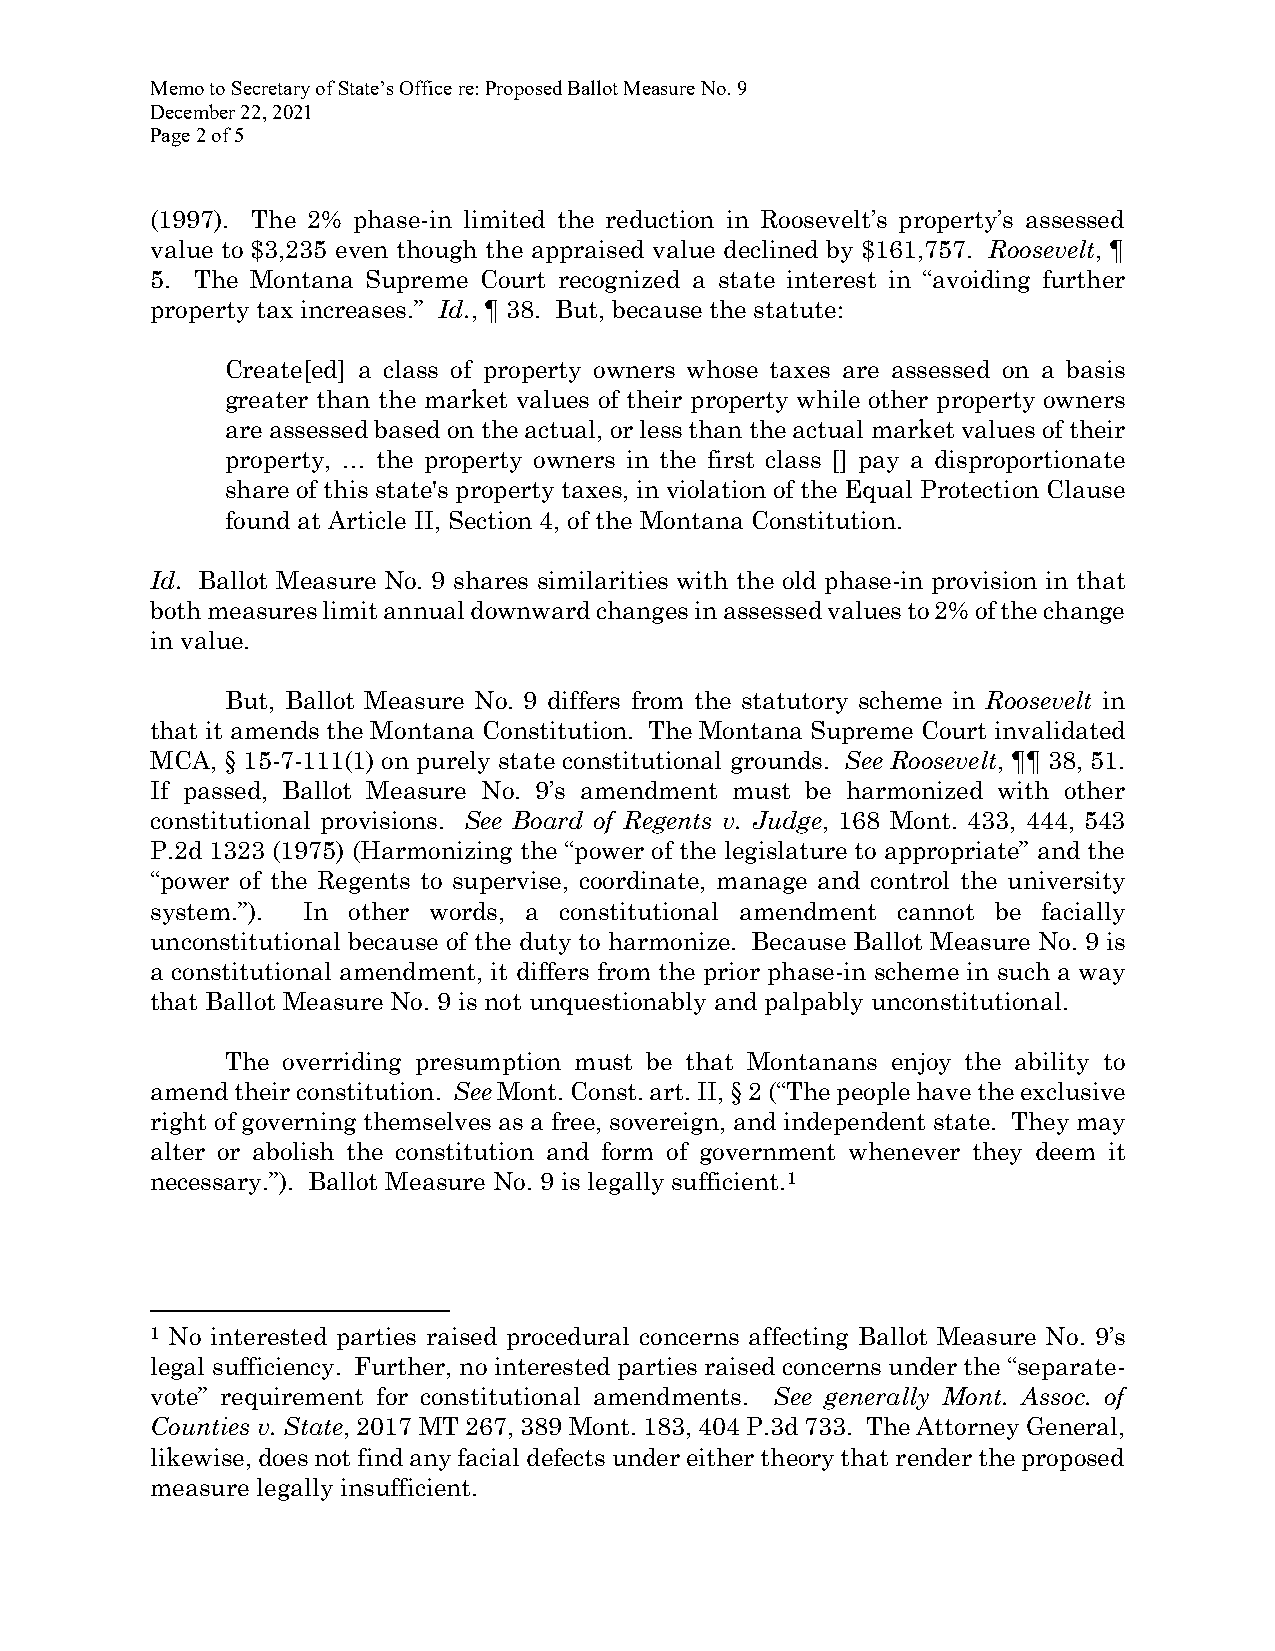
Memo to Secretary of State’s Office re: Proposed Ballot Measure No. 9
 December 22, 2021
 Page 2 of 5
 (1997). The 2% phase-in limited the reduction in Roosevelt’s property’s assessed
 value to $3,235 even though the appraised value declined by $161,757. Roosevelt, ¶
 5. The Montana Supreme Court recognized a state interest in “avoiding further
 property tax increases.” Id., ¶ 38. But, because the statute:
 Create[ed] a class of property owners whose taxes are assessed on a basis
 greater than the market values of their property while other property owners
 are assessed based on the actual, or less than the actual market values of their
 property, … the property owners in the first class [] pay a disproportionate
 share of this state's property taxes, in violation of the Equal Protection Clause
 found at Article II, Section 4, of the Montana Constitution.
 Id. Ballot Measure No. 9 shares similarities with the old phase-in provision in that
 both measures limit annual downward changes in assessed values to 2% of the change
 in value.
 But, Ballot Measure No. 9 differs from the statutory scheme in Roosevelt in
 that it amends the Montana Constitution. The Montana Supreme Court invalidated
 MCA, § 15-7-111(1) on purely state constitutional grounds. See Roosevelt, ¶¶ 38, 51.
 If passed, Ballot Measure No. 9’s amendment must be harmonized with other
 constitutional provisions. See Board of Regents v. Judge, 168 Mont. 433, 444, 543
 P.2d 1323 (1975) (Harmonizing the “power of the legislature to appropriate” and the
 “power of the Regents to supervise, coordinate, manage and control the university
 system.”). In other words, a constitutional amendment cannot be facially
 unconstitutional because of the duty to harmonize. Because Ballot Measure No. 9 is
 a constitutional amendment, it differs from the prior phase-in scheme in such a way
 that Ballot Measure No. 9 is not unquestionably and palpably unconstitutional.
 The overriding presumption must be that Montanans enjoy the ability to
 amend their constitution. See Mont. Const. art. II, § 2 (“The people have the exclusive
 right of governing themselves as a free, sovereign, and independent state. They may
 alter or abolish the constitution and form of government whenever they deem it
 necessary.”). Ballot Measure No. 9 is legally sufficient.1
 1 No interested parties raised procedural concerns affecting Ballot Measure No. 9’s
 legal sufficiency. Further, no interested parties raised concerns under the “separate-
 vote” requirement for constitutional amendments. See generally Mont. Assoc. of
 Counties v. State, 2017 MT 267, 389 Mont. 183, 404 P.3d 733. The Attorney General,
 likewise, does not find any facial defects under either theory that render the proposed
 measure legally insufficient.